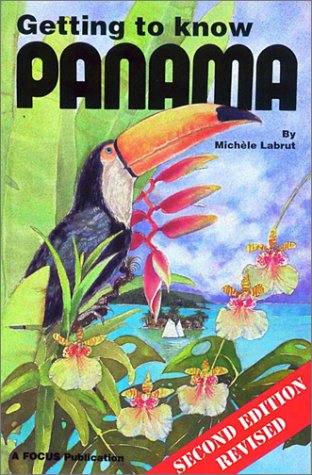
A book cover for Getting to know Panama; Michele Labrut; Travel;